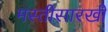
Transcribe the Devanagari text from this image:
मस्तीसारखी